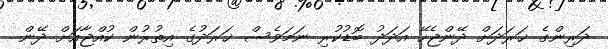
ދަރިންގެ ޚަރަދަށް ދޭންޖެހޭ އަދަދު ބޮޑުކުރި ނަމަވެސް ޚަރަދުގެ އިތުރުން ކުއްޖާއަށް ދޭން